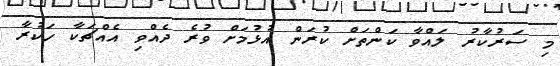
މި ސަރުކާރު ލައްވާ ކަންތަށް ކުރަން އުޅުމަށް ވުރެ ދެއްވި އެއްޗަކާ ހަކުރާ